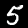
Digit: 5